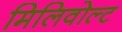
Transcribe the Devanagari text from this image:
मिलिवोल्ट